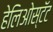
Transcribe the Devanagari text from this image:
हेलिओस्टॅट